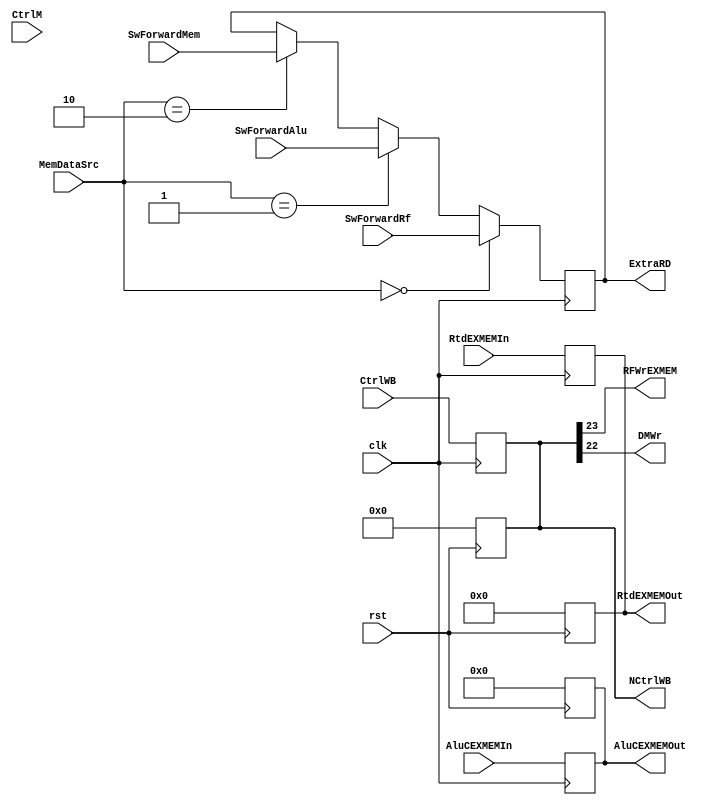
module EXMEM( clk, rst, CtrlWB, CtrlM, AluCEXMEMIn, RtdEXMEMIn, SwForwardMem, SwForwardRf, SwForwardAlu,
				AluCEXMEMOut, RtdEXMEMOut, NCtrlWB, RFWrEXMEM, DMWr, ExtraRD, MemDataSrc);
//ex\mem register, 5 inputs, 4 outputs
  input             clk, rst;
	input      [26:0] CtrlWB, CtrlM;
	input      [31:0] AluCEXMEMIn;
	input      [31:0] SwForwardMem, SwForwardRf, SwForwardAlu;
	input      [4:0]  RtdEXMEMIn;
	input      [1:0]  MemDataSrc;
	output reg [31:0] AluCEXMEMOut;
	output reg [4:0]  RtdEXMEMOut;
	output reg [26:0] NCtrlWB;
	output reg [31:0] ExtraRD;
	output            RFWrEXMEM, DMWr;

	always @(posedge rst) begin
		AluCEXMEMOut = 0;
		RtdEXMEMOut = 0;
		NCtrlWB = 0;
	end//end initial

	always @( posedge clk ) begin  
	 if( MemDataSrc == 2'b00 )
		  ExtraRD = SwForwardRf;
	 else if( MemDataSrc == 2'b01 )
		  ExtraRD = SwForwardAlu;
	 else if( MemDataSrc == 2'b10 )
		  ExtraRD = SwForwardMem;	
		AluCEXMEMOut <= AluCEXMEMIn;
		RtdEXMEMOut <= RtdEXMEMIn;	  
		NCtrlWB <= CtrlWB;
	end//end always

	assign RFWrEXMEM = NCtrlWB[23];
	assign DMWr = NCtrlWB[22];
endmodule